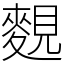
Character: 麲